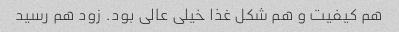
هم کیفیت و هم شکل غذا خیلی عالی بود. زود هم رسید